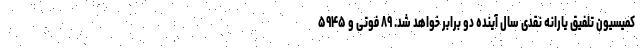
کمیسیون تلفیق یارانه نقدی سال آینده دو برابر خواهد شد. ۸۹ فوتی و ۵۹۴۵